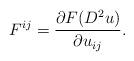
LaTeX: \begin{align*}F^{ij} = \frac{\partial F(D^2 u)}{\partial u_{ij}}.\end{align*}